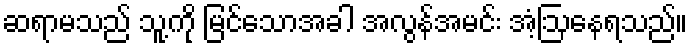
ဆရာမသည် သူ့ကို မြင်သောအခါ အလွန်အမင်း အံ့ဩနေရသည်။